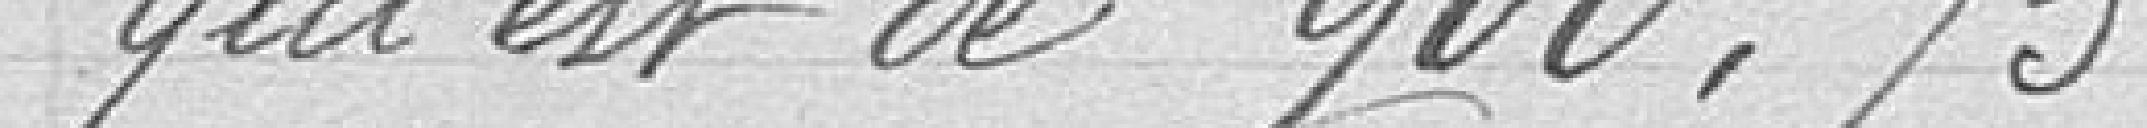
qui est de 900.75 mètres.